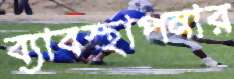
ব্যাবস্থাপনার